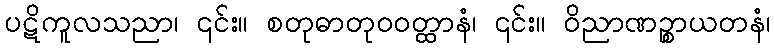
ပဋိကူလသညာ၊ ၎င်း။ စတုဓာတုဝဝတ္ထာနံ၊ ၎င်း။ ဝိညာဏဉ္စာယတနံ၊